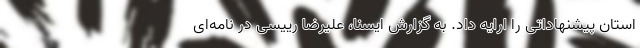
استان پیشنهاداتی را ارایه داد. به گزارش ایسنا، علیرضا رییسی در نامه‌ای